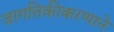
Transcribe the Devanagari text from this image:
जागतिकीकरणाने